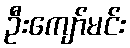
ဦးကျော်မင်း